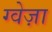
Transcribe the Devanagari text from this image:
ग्वेज़ा